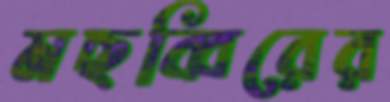
মছব্বিরের